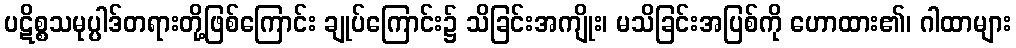
ပဋိစ္စသမုပ္ပါဒ်တရားတို့ဖြစ်ကြောင်း ချုပ်ကြောင်း၌ သိခြင်းအကျိုး၊ မသိခြင်းအပြစ်ကို ဟောထား၏၊ ဂါထာများ